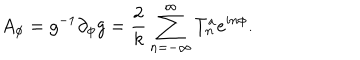
LaTeX: A _ { \phi } = g ^ { - 1 } \partial _ { \phi } g = \frac { 2 } { k } \sum _ { n = - \infty } ^ { \infty } T _ { n } ^ { a } e ^ { i n \phi } .